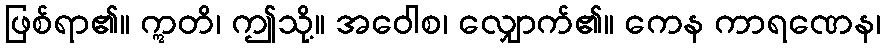
ဖြစ်ရာ၏။ ဣတိ၊ ဤသို့။ အဝေါစ၊ လျှောက်၏။ ကေန ကာရဏေန၊